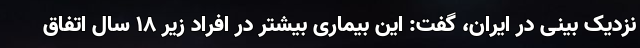
نزدیک بینی در ایران، گفت: این بیماری بیشتر در افراد زیر 18 سال اتفاق